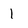
Character: 1